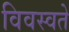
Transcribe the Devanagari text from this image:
विवस्वते